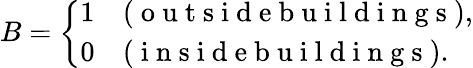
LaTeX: B=\left\{ \begin{array}{ll}{1}&{(\mathrm{~o~u~t~s~i~d~e~b~u~i~l~d~i~n~g~s~}),}\\ {0}&{(\mathrm{~i~n~s~i~d~e~b~u~i~l~d~i~n~g~s~}).}\end{array}\right.